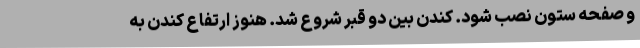
و صفحه ستون نصب شود. کندن بین دو قبر شروع شد. هنوز ارتفاع کندن به